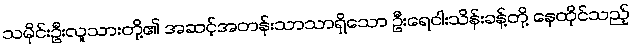
သမိုင်းဦးလူသားတို့၏ အဆင့်အတန်းသာသာရှိသော ဦးရေငါးသိန်းခန့်တို့ နေထိုင်သည့်